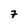
Character: 7